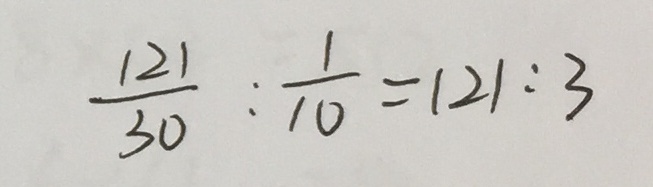
\frac { 1 2 1 } { 3 0 } : \frac { 1 } { 1 0 } = 1 2 1 : 3